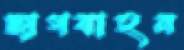
ছাগবাহন